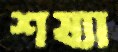
শয্যা